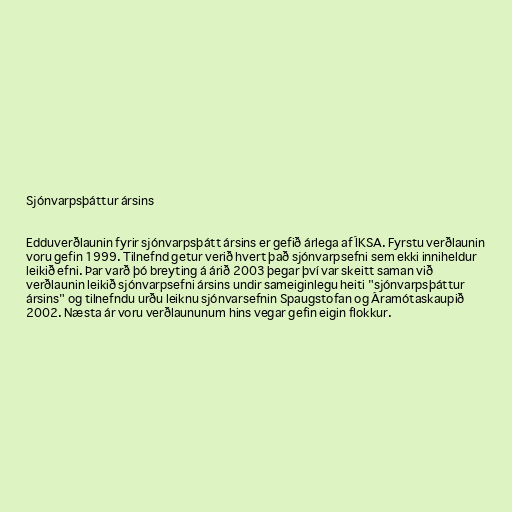
Sjónvarpsþáttur ársins

Edduverðlaunin fyrir sjónvarpsþátt ársins er gefið árlega af ÍKSA. Fyrstu verðlaunin
voru gefin 1999. Tilnefnd getur verið hvert það sjónvarpsefni sem ekki inniheldur
leikið efni. Þar varð þó breyting á árið 2003 þegar því var skeitt saman við
verðlaunin leikið sjónvarpsefni ársins undir sameiginlegu heiti "sjónvarpsþáttur
ársins" og tilnefndu urðu leiknu sjónvarsefnin Spaugstofan og Áramótaskaupið
2002. Næsta ár voru verðlaununum hins vegar gefin eigin flokkur.